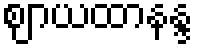
ဈာယထာနန္ဒ